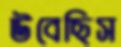
উবেছিস